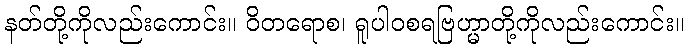
နတ်တို့ကိုလည်းကောင်း။ ဝိတရောစ၊ ရူပါဝစရဗြဟ္မာတို့ကိုလည်းကောင်း။